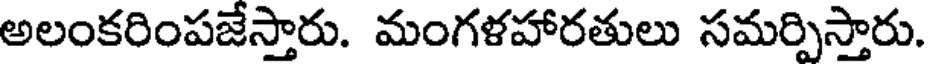
అలంకరింపజేస్తారు. మంగళహారతులు సమర్పిస్తారు.